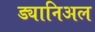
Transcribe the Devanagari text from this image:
ड्यानिअल